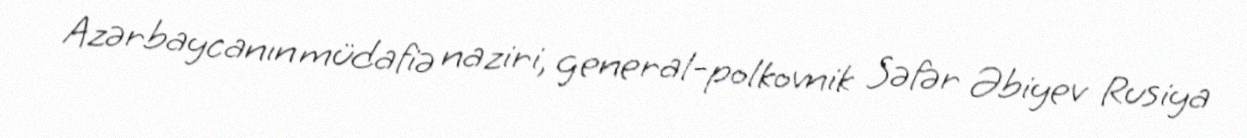
Azərbaycanın müdafiə naziri, general-polkovnik Səfər Əbiyev Rusiya